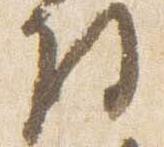
将